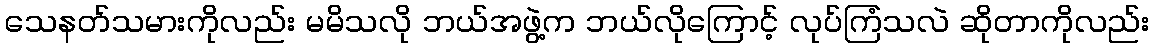
သေနတ်သမားကိုလည်း မမိသလို ဘယ်အဖွဲ့က ဘယ်လိုကြောင့် လုပ်ကြံသလဲ ဆိုတာကိုလည်း